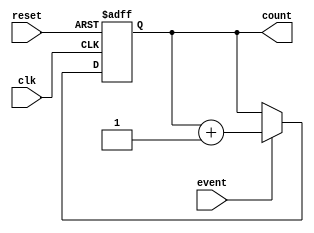
module Counter (
    input wire clk,
    input wire reset,
    input wire event,
    output reg [7:0] count  // 8-bit count value, can be adjusted as needed
);
    always @(posedge clk or posedge reset) begin
        if (reset) begin
            count <= 8'b0;  // Asynchronous reset
        end else if (event) begin
            count <= count + 1;  // Increment count on event
        end
    end
endmodule